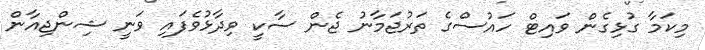
މިކަމާ ގުޅިގެން ވައިޓް ހައުސްގެ ތަރުޖަމާނު ޖެން ސާކީ ވިދާޅުވެފައި ވަނީ ޝިންޖިއާން